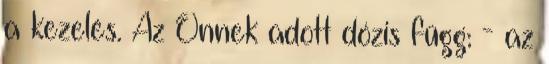
a kezelés. Az Önnek adott dózis függ: - az